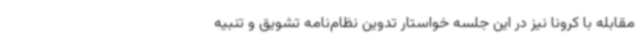
مقابله با کرونا نیز در این جلسه خواستار تدوین نظام‌نامه تشویق و تنبیه